Civil Veterinary Dept. Bombay admin report 1914-1922 - 1914-1922
Year: 1914
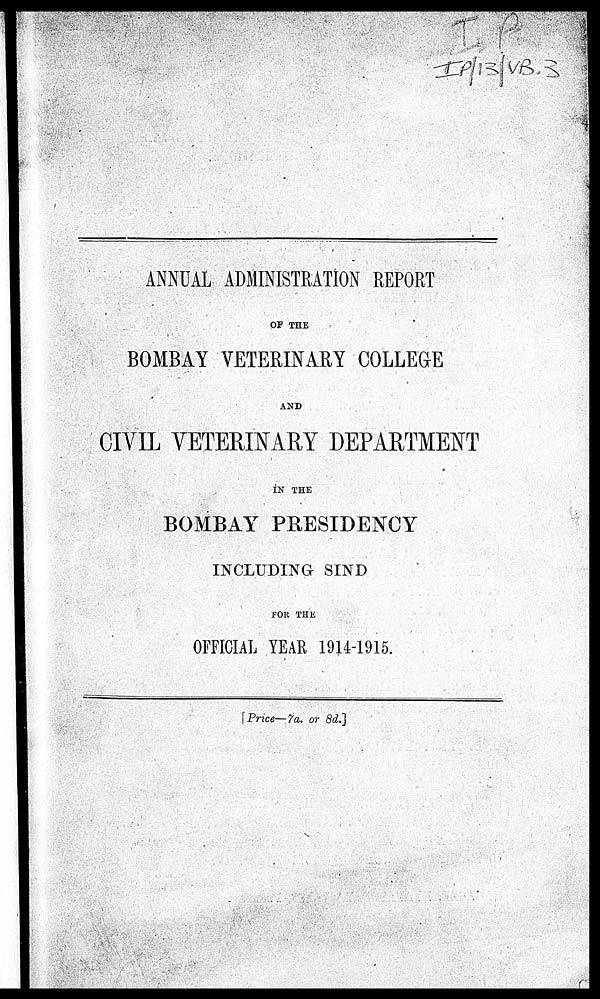
ANNUAL ADMINISTRATION REPORT
OF THE
BOMBAY VETERINARY COLLEGE
AND
CIVIL VETERINARY DEPARTMENT
IN THE
BOMBAY PRESIDENCY
INCLUDING SIND
FOR THE
OFFICIAL YEAR 1914-1915.
[Price—7a. or 8d.]